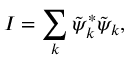
I = \sum _ { k } \tilde { \psi } _ { k } ^ { * } \tilde { \psi } _ { k } ,